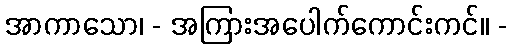
အာကာသော၊ - အကြားအပေါက်ကောင်းကင်။ -